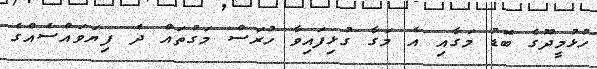
ހުޅުމީދޫގެ ބޮޑު މަގާއި އެ މަގާ ގުޅިފައިވާ ހުރަސް މަގުތައް ދެ ފިޔަވައްސެއްގެ